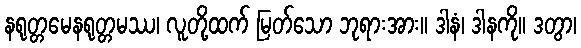
နရုတ္တမေနရုတ္တမဿ၊ လူတို့ထက် မြတ်သော ဘုရားအား။ ဒါနံ၊ ဒါနကို။ ဒတွာ၊